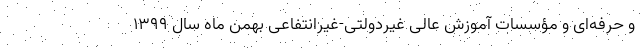
و حرفه‌ای و مؤسسات آموزش عالی غیردولتی-غیرانتفاعی بهمن ماه سال ۱۳۹۹